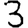
Digit: 3